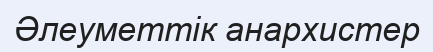
Әлеуметтік анархистер